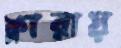
ক্লারায়